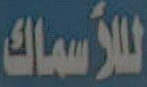
لللأسماك